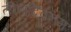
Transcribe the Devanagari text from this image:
तीनदिवनम